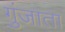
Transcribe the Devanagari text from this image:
गुंजाता